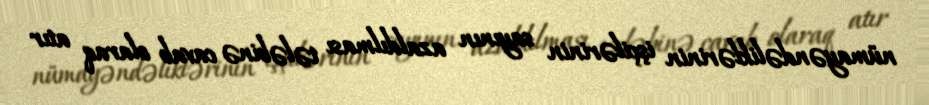
nümayəndəliklərinin işçilərinin sayının azaldılması tələbinə cavab olaraq atır